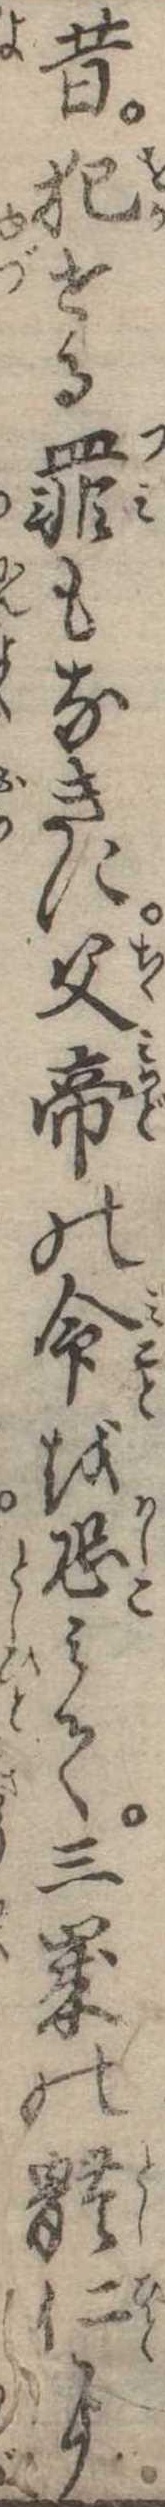
昔犯せる罪もなきに父帝の命を恐みて三歳の体仁に